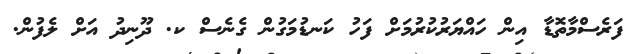
ފަރެސްމާތޮޑާ އިން ހައްޔަރުކުރުމަށް ފަހު ކަނޑުމަގުން ގެނެސް ކ. ދޫނިދު އަށް ލެފުން.